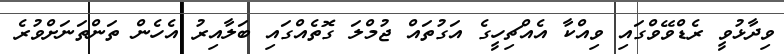
ވިދާޅުވީ ރެޑްވޭވްގައި ވިއްކާ އެއްޗިހީގެ އަގުތައް ޖުމްލަ ގޮތެއްގައި ބަލާއިރު އެހެން ތަންތަނަށްވުރެ